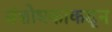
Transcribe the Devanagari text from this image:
संशोधकांकडून